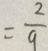
= \frac { 2 } { 9 }